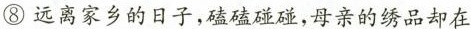
⑧远离家乡的日子，磕磕碰碰，母亲的绣品却在